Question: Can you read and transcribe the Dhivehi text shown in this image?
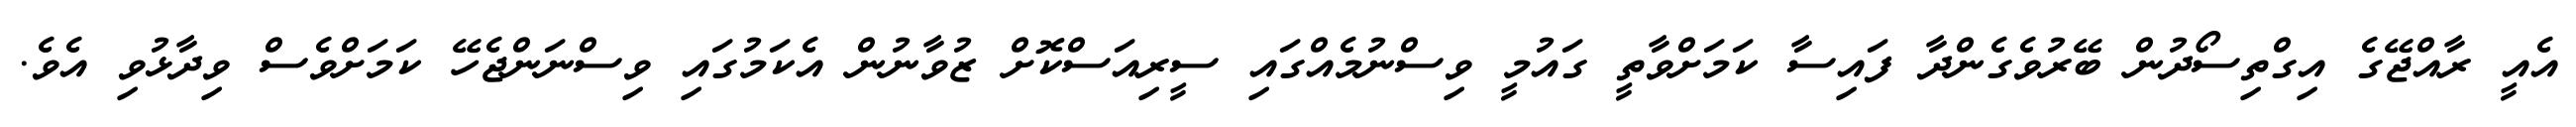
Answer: އެއީ ރާއްޖޭގެ އިގްތިސޯދުން ބޭރުވެގެންދާ ފައިސާ ކަމަށްވާތީ ގައުމީ ވިސްނުމެއްގައި ސީރިއަސްކޮށް ޒުވާނުން އެކަމުގައި ވިސްނަންޖެހޭ ކަމަށްވެސް ވިދާޅުވި އެވެ.